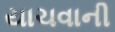
યાચવાની